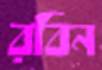
রবিন